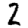
Digit: 2